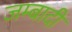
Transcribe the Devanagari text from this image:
जम्बादी